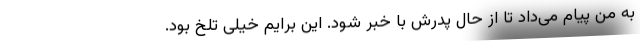
به من پیام می‌داد تا از حال پدرش با خبر شود. این برایم خیلی تلخ بود.